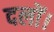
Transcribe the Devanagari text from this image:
दलों।